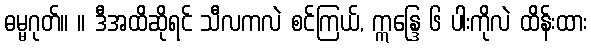
ဓမ္မဂုတ်။ ။ ဒီအထိဆိုရင် သီလကလဲ စင်ကြယ်, ဣန္ဒြေ ၆ ပါးကိုလဲ ထိန်းထား